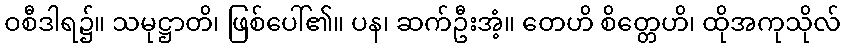
ဝစီဒါရ၌။ သမုဋ္ဌာတိ၊ ဖြစ်ပေါ်၏။ ပန၊ ဆက်ဦးအံ့။ တေဟိ စိတ္တေဟိ၊ ထိုအကုသိုလ်